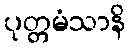
ပုတ္တမံသာနိ